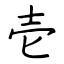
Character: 壱